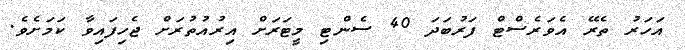
އަހަރު ތެރޭ އެވަރެސްޓް ފަރުބަދަ 40 ސެންޓި މީޓަރަށް އިރުއުތުރަށް ޖެހިފައިވާ ކަމަށެވެ.